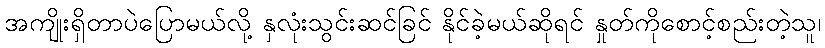
အကျိုးရှိတာပဲပြောမယ်လို့ နှလုံးသွင်းဆင်ခြင် နိုင်ခဲ့မယ်ဆိုရင် နှုတ်ကိုစောင့်စည်းတဲ့သူ၊